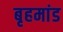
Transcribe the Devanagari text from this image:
बृहमांड